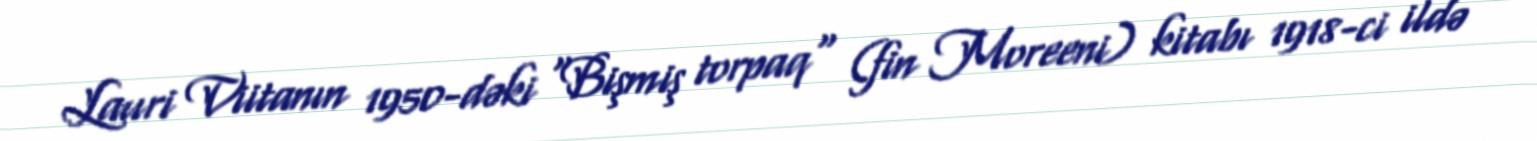
Lauri Viitanın 1950-dəki "Bişmiş torpaq" (fin Moreeni) kitabı 1918-ci ildə